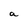
Character: a